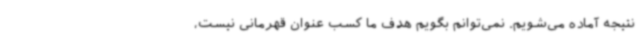
نتیجه آماده می‌شویم. نمی‌توانم بگویم هدف ما کسب عنوان قهرمانی نیست،